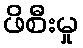
ဖိစီးမှု